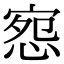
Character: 惌